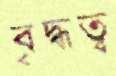
বৃদ্ধত্ব